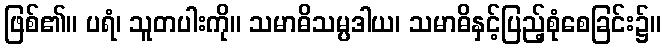
ဖြစ်၏။ ပရံ၊ သူတပါးကို။ သမာဓိသမ္ပဒါယ၊ သမာဓိနှင့်ပြည့်စုံစေခြင်း၌။